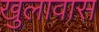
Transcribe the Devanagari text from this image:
खुलावास